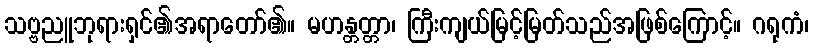
သဗ္ဗညူဘုရားရှင်၏အရာတော်၏။ မဟန္တတ္တာ၊ ကြီးကျယ်မြင့်မြတ်သည်အဖြစ်ကြောင့်။ ဂရုကံ၊